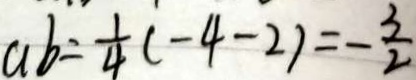
a b = \frac { 1 } { 4 } ( - 4 - 2 ) = - \frac { 3 } { 2 }